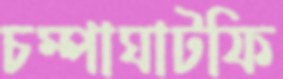
চম্পাঘাটফি